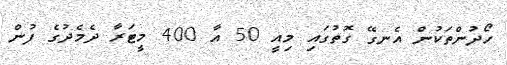
ހޯދުންތަކުން އެނގޭ ގޮތުގައި މިއީ 50 އާ 400 މީޓަރާ ދެމެދުގެ ފުން